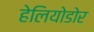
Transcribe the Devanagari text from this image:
हेलियोडोर